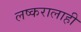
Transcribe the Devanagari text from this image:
लष्करालाही